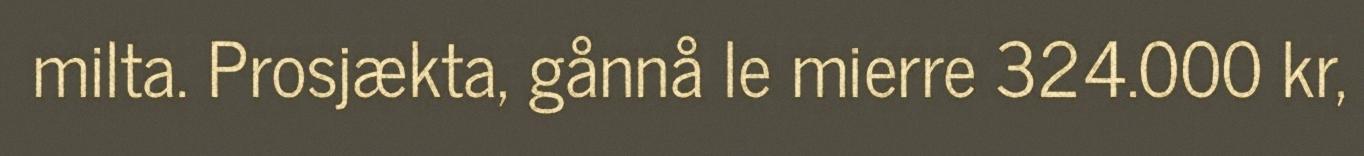
milta. Prosjækta, gånnå le mierre 324.000 kr,